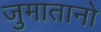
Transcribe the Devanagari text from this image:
जुमातानो